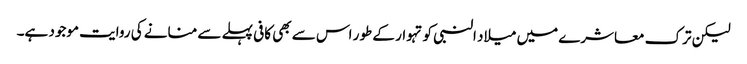
لیکن ترک معاشرے میں میلاد النبی کو تہوار کے طور اس سے بھی کافی پہلے سے منانے کی روایت موجود ہے۔